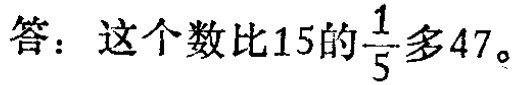
答：这个数比\(15\)的\(\frac{1}{5}\)多\(47\)。